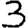
Digit: 3